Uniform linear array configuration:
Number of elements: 16
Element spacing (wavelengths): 0.25
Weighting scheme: uniform
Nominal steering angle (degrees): -15
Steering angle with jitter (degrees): -13.044
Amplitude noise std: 0.05
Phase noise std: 0.05

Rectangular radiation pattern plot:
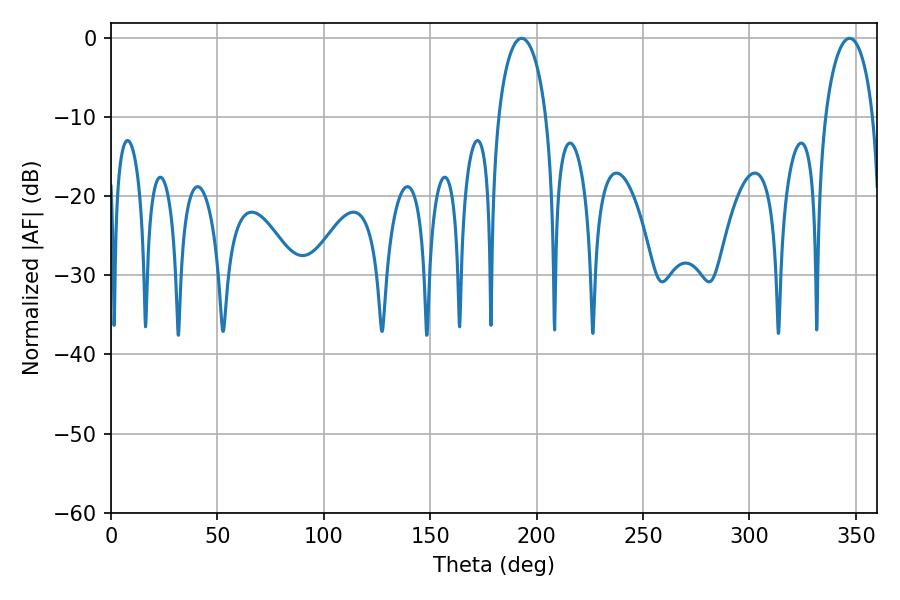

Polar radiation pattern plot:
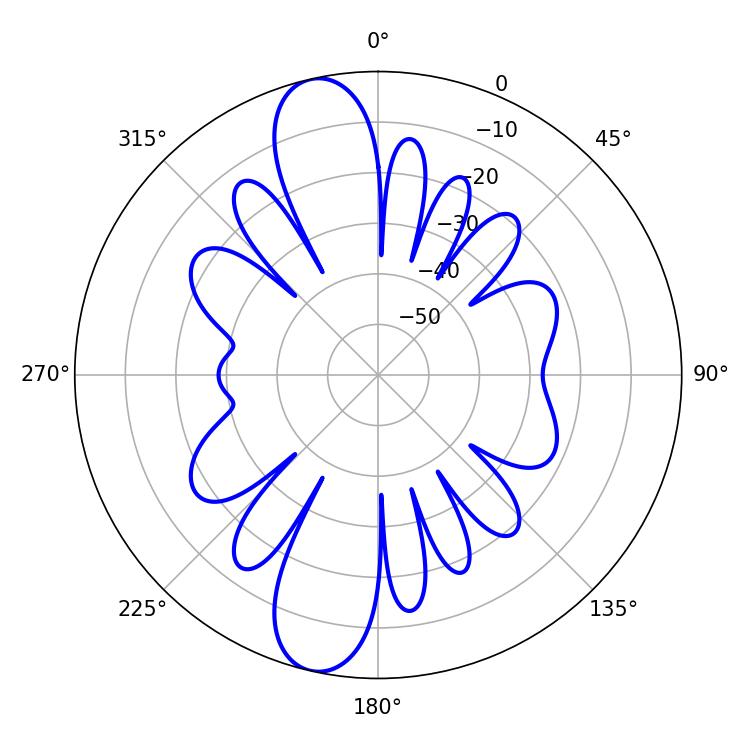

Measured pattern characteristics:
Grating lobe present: FALSE
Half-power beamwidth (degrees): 12.78
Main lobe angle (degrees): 192.96